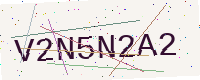
Text: V2N5N2A2